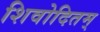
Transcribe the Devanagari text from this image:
शिवोदितम्